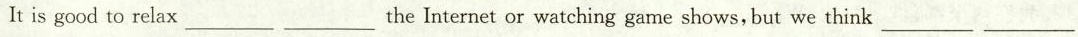
It isgood to relax_________ _________the Internet or watching gamne shows,but we think_________ _________